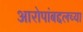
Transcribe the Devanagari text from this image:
आरोपांबद्दलच्या